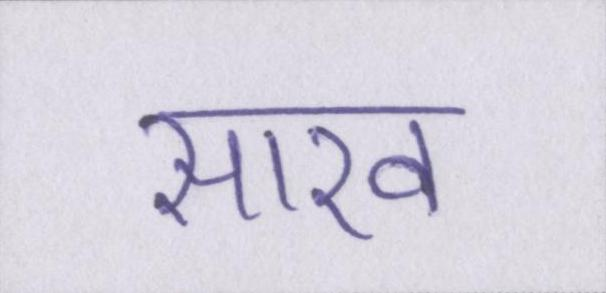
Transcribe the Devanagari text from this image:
साख